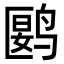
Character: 𬸘